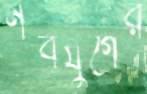
নবযুগের